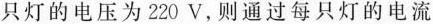
每只灯的电压为220V，则通过每只灯的电流